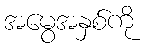
အမွေအနှစ်ကို